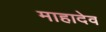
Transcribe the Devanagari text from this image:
माहादेव